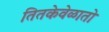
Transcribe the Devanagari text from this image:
तितकेवेळातो